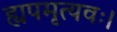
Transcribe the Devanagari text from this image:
ह्यपमृत्यवः।